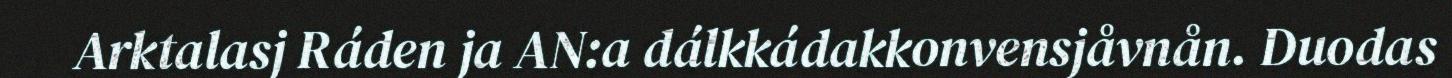
Arktalasj Ráden ja AN:a dálkkádakkonvensjåvnån. Duodas